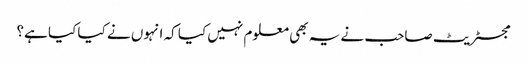
مجسٹریٹ صاحب نے یہ بھی معلوم نہیں کیا کہ انہوں نے کیا کیا ہے؟